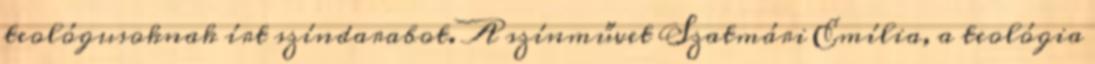
teológusoknak írt színdarabot. A színművet Szatmári Emília, a teológia